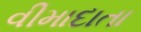
વીમાદાતા